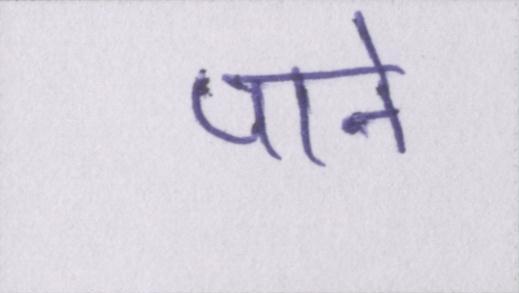
पाने